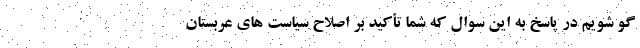
گو شویم در پاسخ به این سوال که شما تأکید بر اصلاح سیاست های عربستان